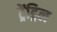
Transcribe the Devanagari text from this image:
ट्रेंड्रिल